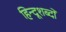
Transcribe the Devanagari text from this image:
हिन्दूशब्दों